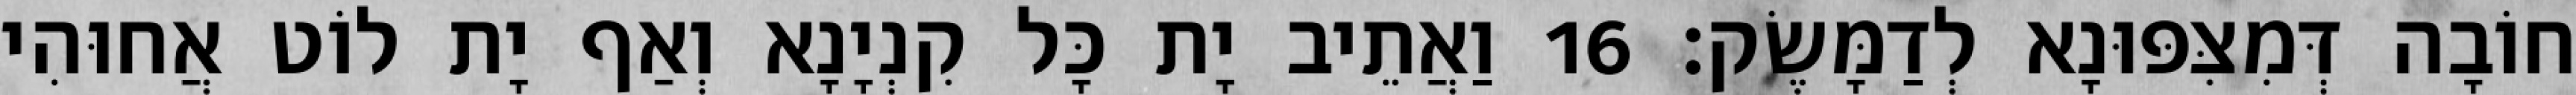
חוֹבָה דְּמִצִּפּוּנָא לְדַמָּשֶׂק׃ 16 וַאֲתֵיב יָת כָּל קִנְיָנָא וְאַף יָת לוֹט אֲחוּהִי